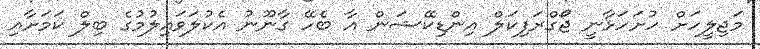
މަޖިލީހަށް ހުށަހަޅާނީ ޖޯގްރަފިކަލް އިންޑިކޭޝަން އާ ބެހޭ ގާނޫނު އެކުލަވައިލުމުގެ ބިލް ކަމަށާއި